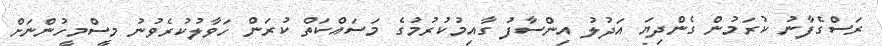
ރަސްގެފާނު ކުރަމުން ގެންދިޔަ އަދުލު އިންސާފު ގާއިމުކުރުމުގެ މަސައްކަތް ކުރަން ހަވާލުކުރެވުނު މީސްމީހުންނަށް